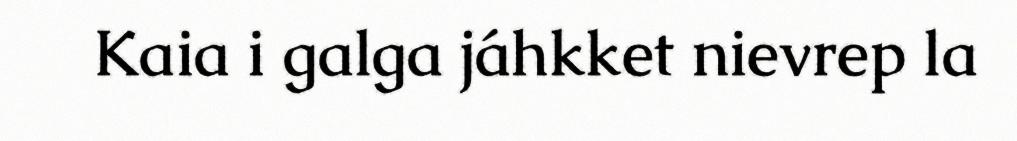
Kaia i galga jáhkket nievrep la